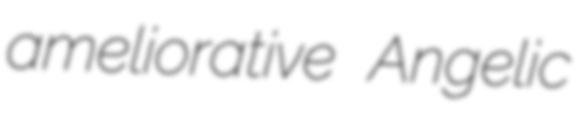
ameliorative Angelic